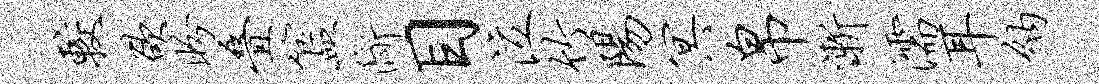
较欲盼叠簋断目泣竹阳冥帛渐濡耳纳